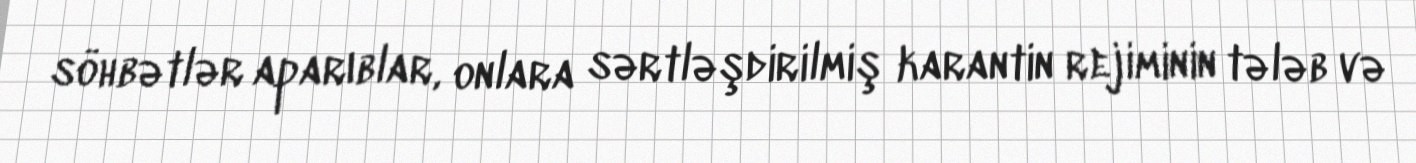
söhbətlər aparıblar, onlara sərtləşdirilmiş karantin rejiminin tələb və